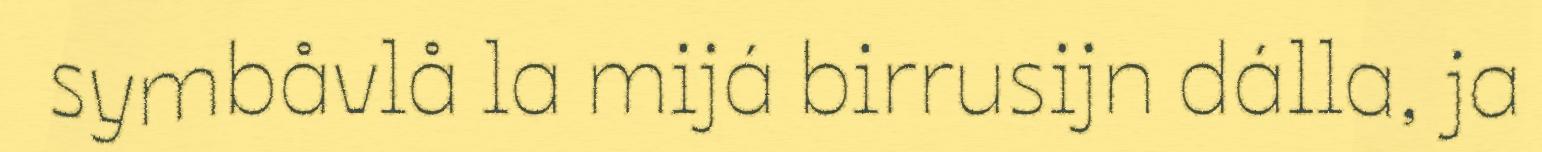
symbåvlå la mijá birrusijn dálla, ja